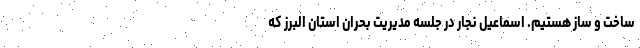
ساخت و ساز هستیم. اسماعیل نجار در جلسه مدیریت بحران استان البرز که